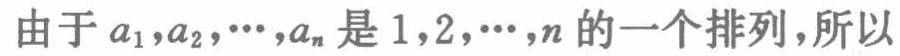
由于 \(a_{1},a_{2},\cdots,a_{n}\) 是 \(1,2,\cdots,n\) 的一个排列，所以